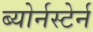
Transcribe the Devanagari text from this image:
ब्योर्नस्टेर्न